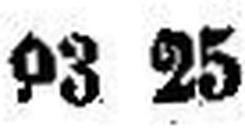
93 25